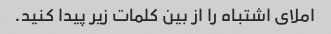
املای اشتباه را از بین کلمات زیر پیدا کنید.